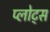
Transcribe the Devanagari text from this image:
प्लोट्स